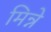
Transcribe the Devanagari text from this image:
मिन्ने